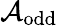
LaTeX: {\mathcal{A}}_{\mathrm{odd}}